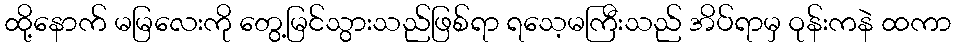
ထို့နောက် မမြလေးကို တွေ့မြင်သွားသည်ဖြစ်ရာ ရသေ့မကြီးသည် အိပ်ရာမှ ဝုန်းကနဲ ထကာ